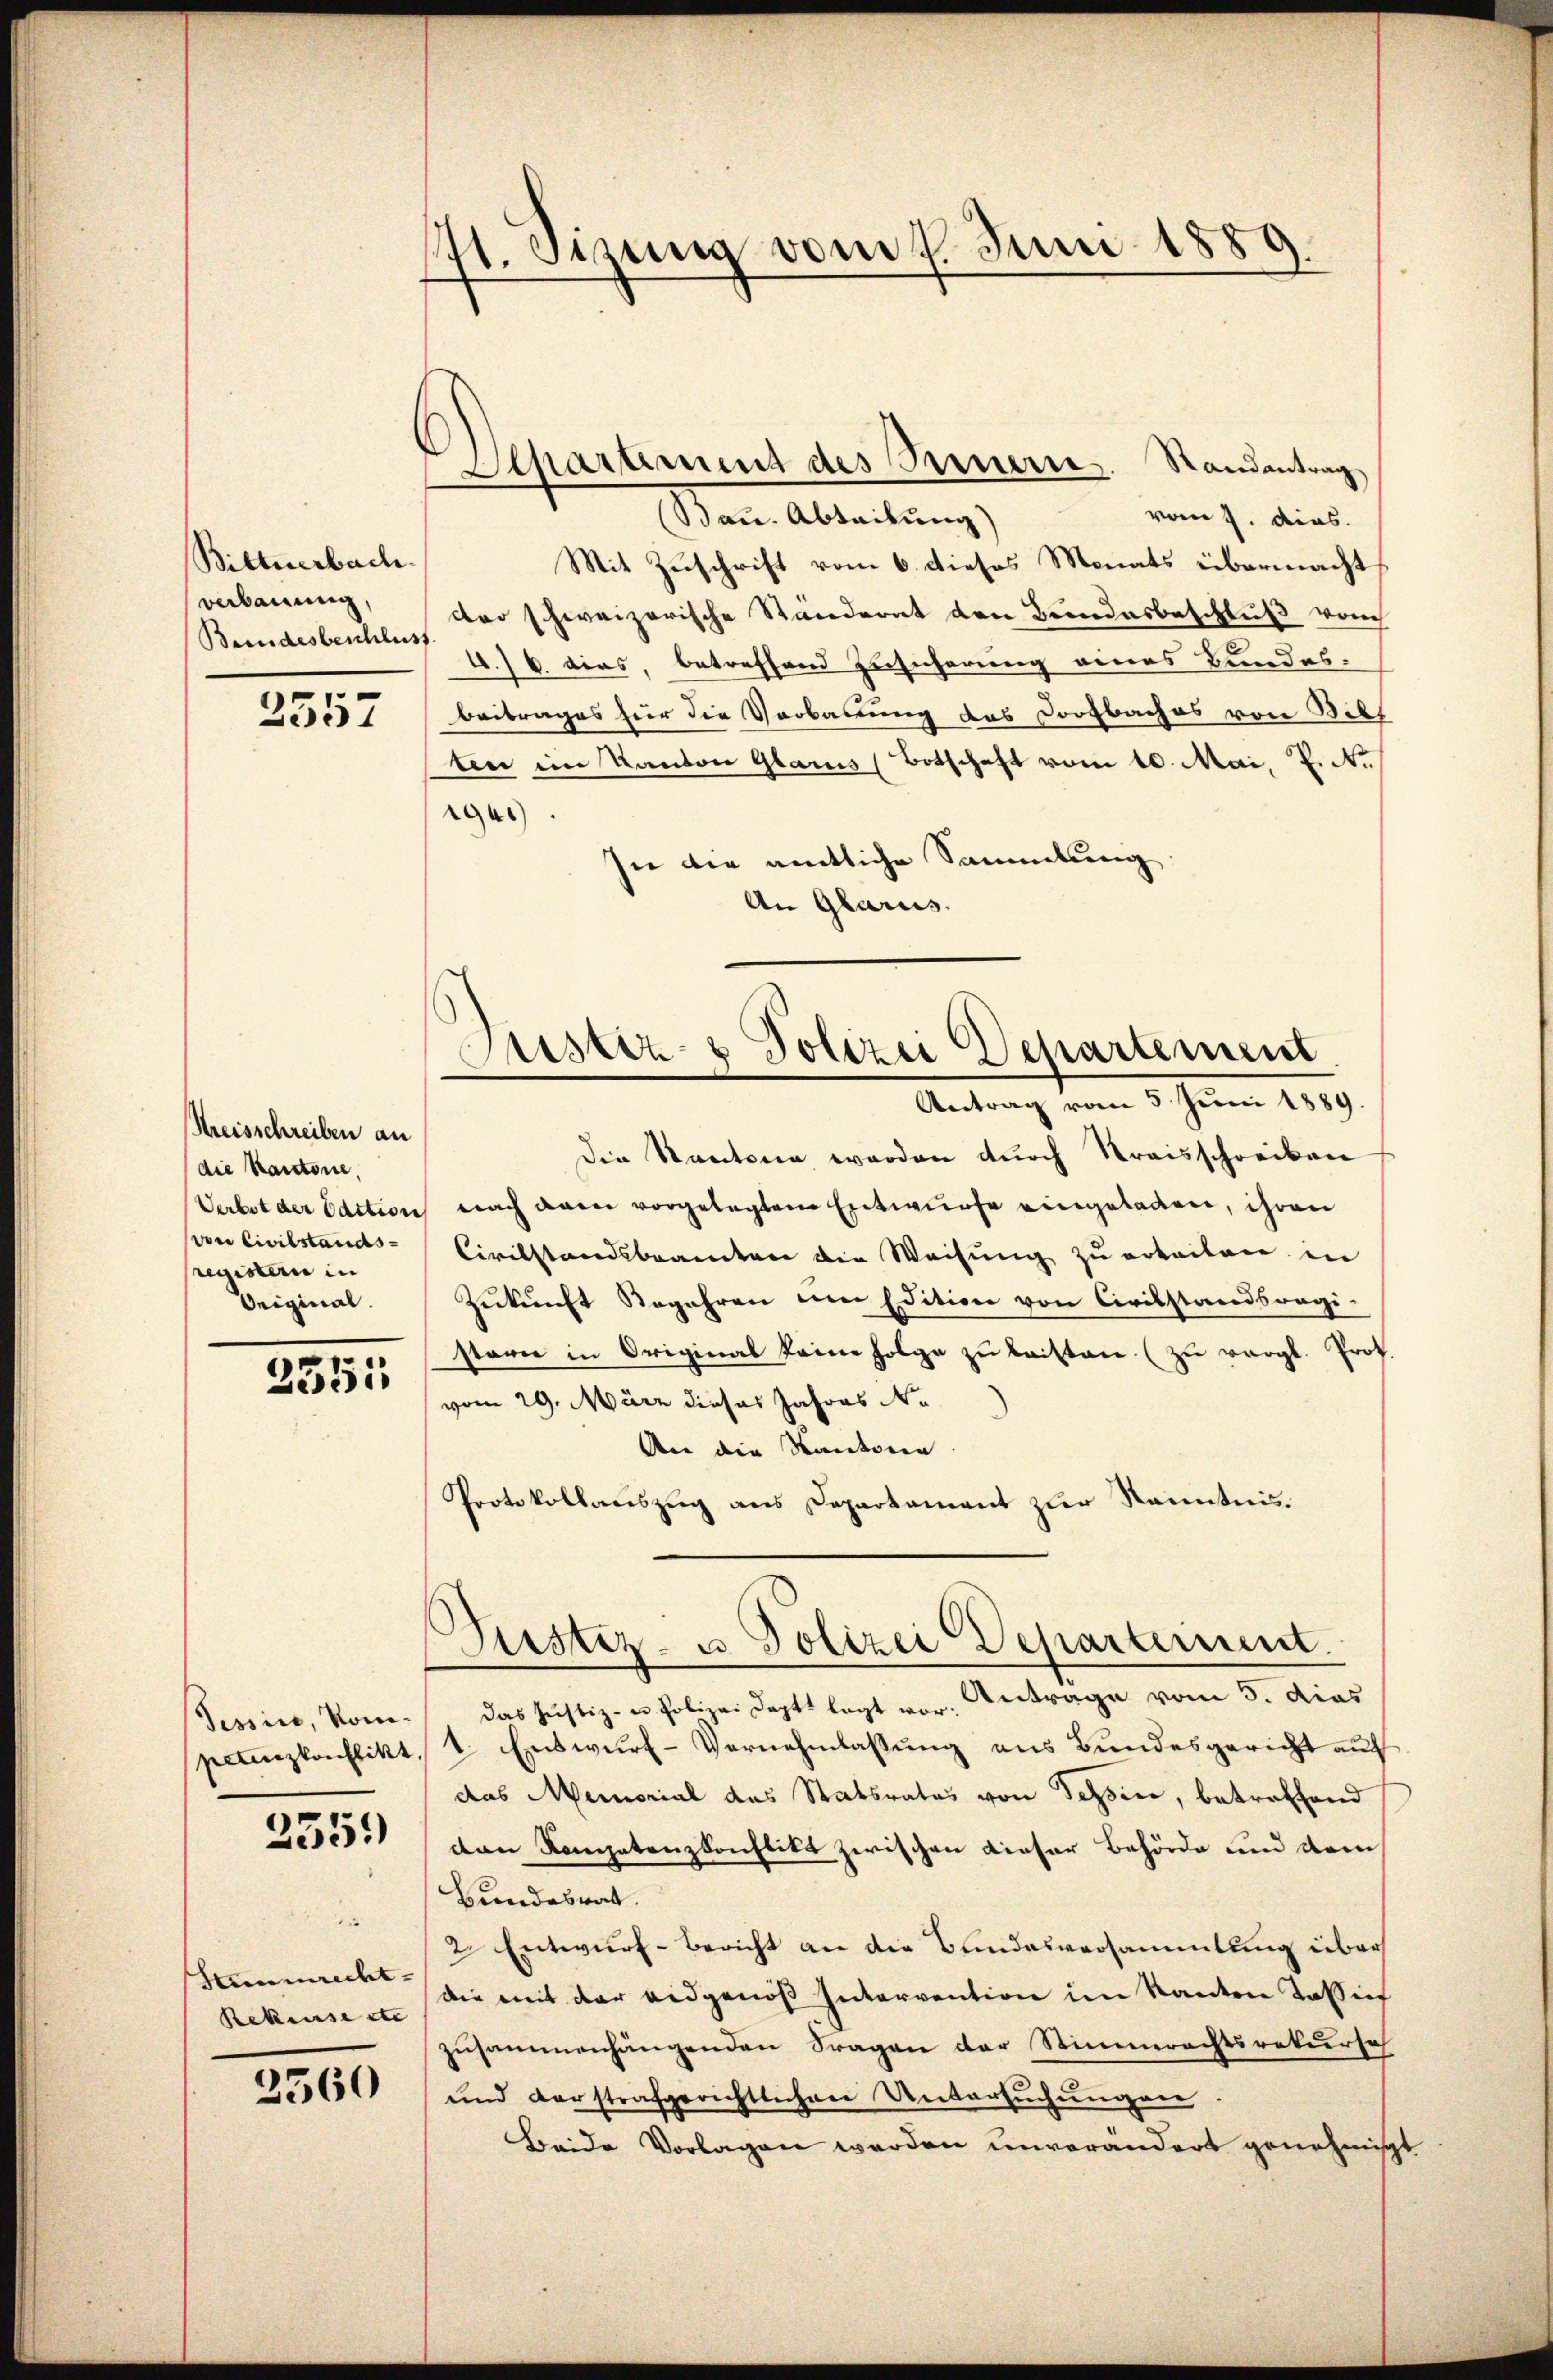
171. Sizung vom 7. Juni 1889

Departiment des Innern. Randantrag
vom 7. dies.
Bau. Abteilung)
Mit Zuschrift vom 6. dieses Monats übermacht
dter schweizerische Ständernt den Bundesbeschluß von
4. 6. dies, betreffend Zusicherung eines Bundes-
beitrages für die Verbauung das Dorfbaches von Bibl
ten ein Kanton Glarus (Botschaft vom 10. Mai, P. M.
1965)
sei die amtliche Sammlung.
An Glarus.

Bittserbach.
verbauung,
Bundesbeschluss.

3557

Justiz- & Polizei Departement.
Antrag vom 5. Juni 1889.

Die Kantone werden durch Kreisschreiben
Verbot der Paction nach dem vorgelegtem Entwurfe eingeladen, ihren
Civilstandsbeamten die Weisung zu erkeiten, in
Zukunft Begehren am Edition von Civilstandsregi-
starn in Original keine Folge zu laisten (zu vergl. Prof.
vom 29. März dieses Jahres No
Aer die Kantonen.
Protokollauszug aus Departament zur Kenntnis.
das Justiz- u. Polizei Doptt legt vor. Antrage vom 5. das
4. Entwurf-Vernehmlassung aus Bundesgericht auf
das Memorial des Statsrates von Tessin, betreffend
den Kompetenzkonflikt zwischen dieser Behörde und dem
Bundesrat.
2. Entwurf-Bericht an die Bundesversammlung über
die mit der eidgenöß Intervention im Kanton Tassie
zusammenhängenden Fragen der Stimmrechtsrekursch
und verstrafgerichtlichen Untersuchungen.
Beide Vorlagen werden unvorandert genehmigt

Kreisschreiben an
(die Kantone,
von Civilstandsregistern in
Original.

2551

Giester- u Polizei Departement.

Tessin, Kom-
petizkonflikt,

2551)

5
Stimmrecht¬
Rekeuse ste |

2560

.